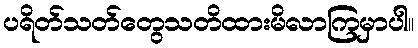
ပရိတ်သတ်တွေသတိထားမိလာကြမှာပါ။